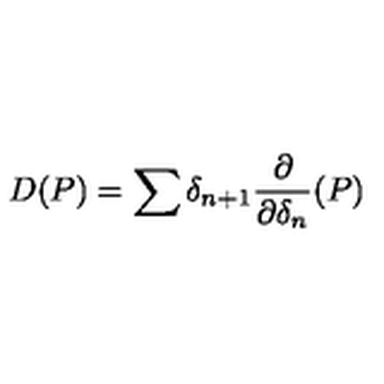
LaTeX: D ( P ) = \sum \delta _ { n + 1 } { \frac { \partial } { \partial \delta _ { n } } } ( P )